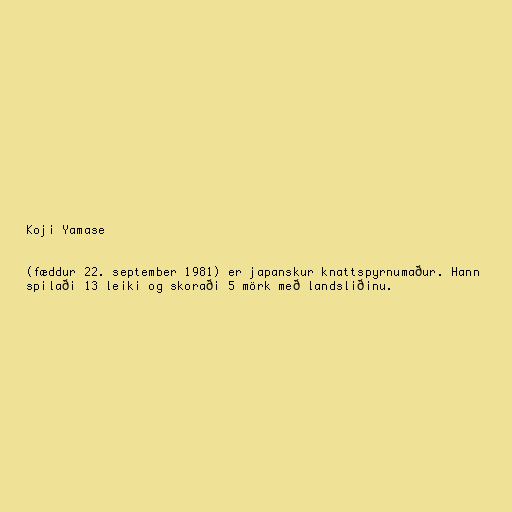
Koji Yamase

(fæddur 22. september 1981) er japanskur knattspyrnumaður. Hann
spilaði 13 leiki og skoraði 5 mörk með landsliðinu.